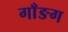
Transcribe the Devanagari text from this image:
गाँङग